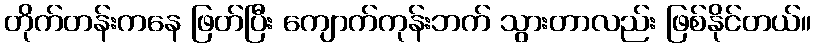
တိုက်တန်းကနေ ဖြတ်ပြီး ကျောက်ကုန်းဘက် သွားတာလည်း ဖြစ်နိုင်တယ်။